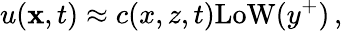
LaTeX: u({\mathbf x},t)\approx c(x,z,t)\mathrm{LoW}(y^{+})\, ,